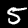
Digit: 5